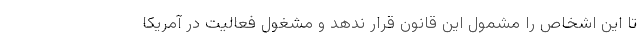
تا این اشخاص را مشمول این قانون قرار ندهد و مشغول فعالیت در آمریکا